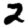
Digit: 2